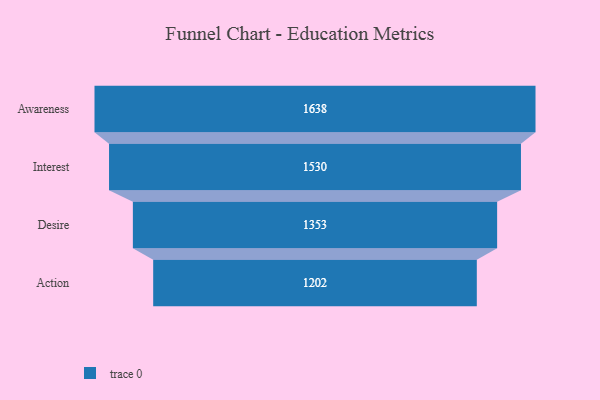
{"axis": {"x": "Stage", "y": "Value"}, "legend": [""], "data": [{"x": "Awareness", "y": 1638.0, "type": ""}, {"x": "Interest", "y": 1530.0, "type": ""}, {"x": "Desire", "y": 1353.0, "type": ""}, {"x": "Action", "y": 1202.0, "type": ""}]}